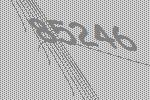
85246